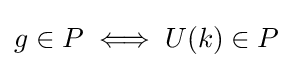
g\in P\iff U(k)\in P